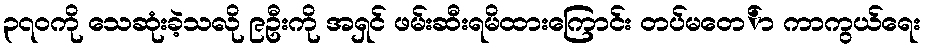
၃၇၀ကို သေဆုံးခဲ့သလို ၉ဦးကို အရှင် ဖမ်းဆီးရမိထားကြောင်း တပ်မတေ်ာ ကာကွယ်ရေး